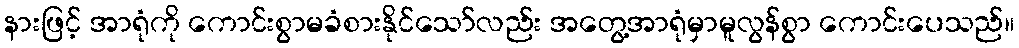
နားဖြင့် အာရုံကို ကောင်းစွာမခံစားနိုင်သော်လည်း အတွေ့အာရုံမှာမူလွန်စွာ ကောင်းပေသည်။